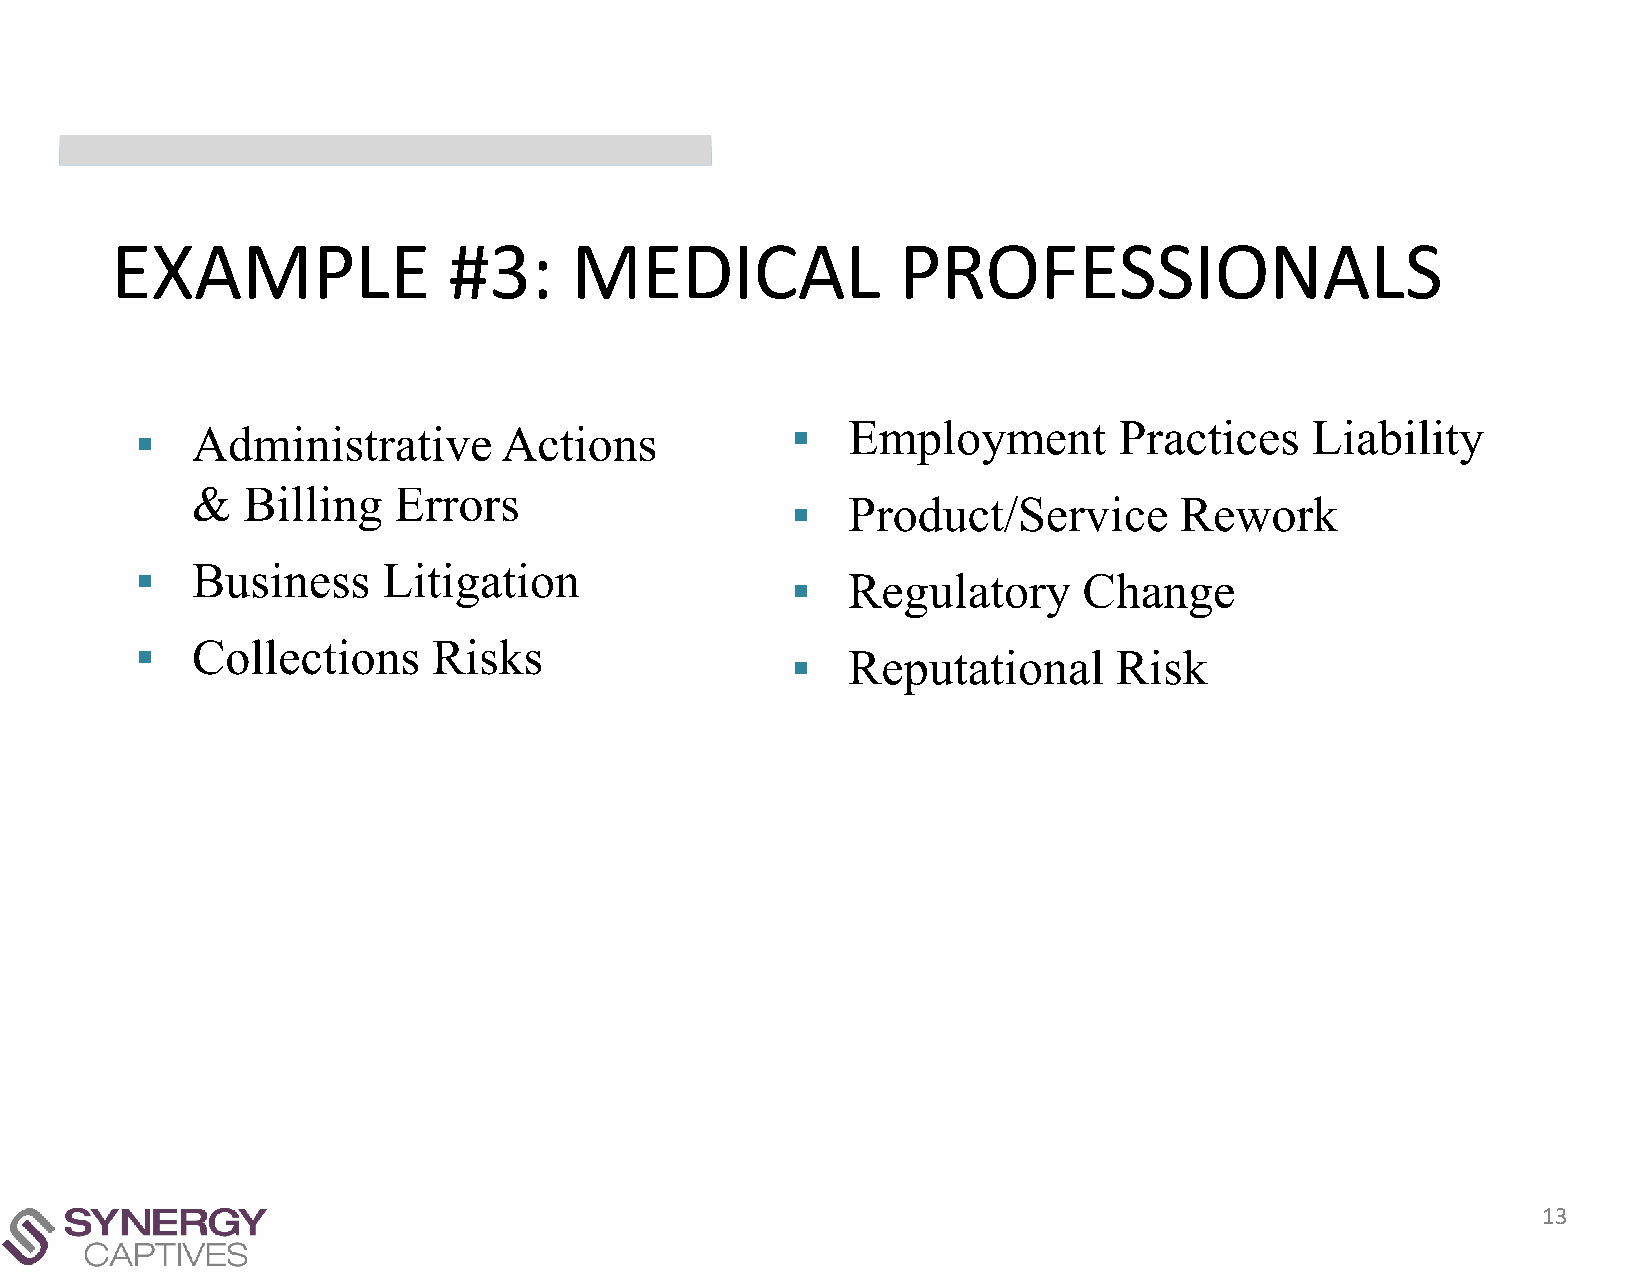
EXAMPLE                #3:     MEDICAL              PROFESSIONALS
 ▪   Administrative      Actions            ▪   Employment        Practices    Liability
 &  Billing   Errors
 ▪   Product/Service       Rework
 ▪   Business    Litigation
 ▪   Regulatory      Change
 ▪   Collections     Risks
 ▪   Reputational      Risk
 13